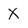
Character: X